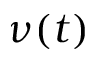
\nu ( t )